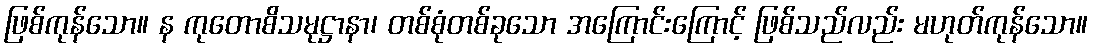
ဖြစ်ကုန်သော။ န ကုတောစိသမုဋ္ဌာနာ၊ တစ်စုံတစ်ခုသော အကြောင်းကြောင့် ဖြစ်သည်လည်း မဟုတ်ကုန်သော။